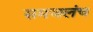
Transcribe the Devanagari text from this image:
समजलंच